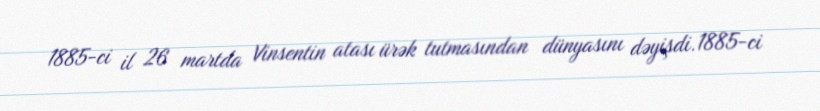
1885-ci il 26 martda Vinsentin atası ürək tutmasından dünyasını dəyişdi.1885-ci